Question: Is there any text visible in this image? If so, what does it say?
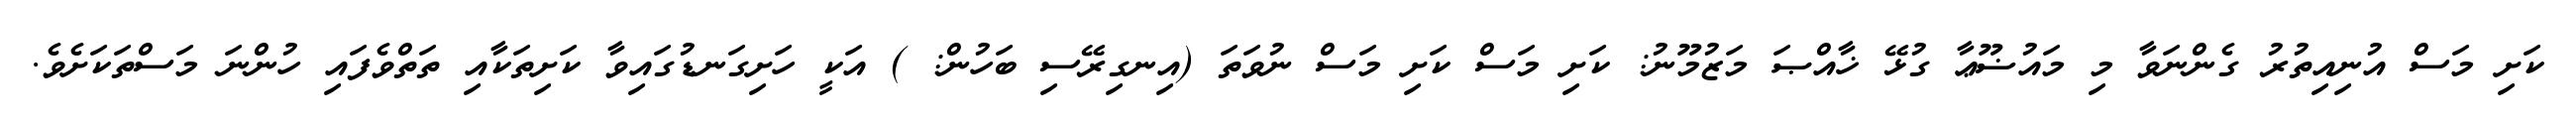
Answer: ކަށި މަސް އުނިއިތުރު ގެންނަވާ މި މައުޟޫޢާ ގުޅޭ ޚާއްޞަ މަޒުމޫނު: ކަށި މަސް ކަށި މަސް ނުވަތަ (އިނގިރޭސި ބަހުން: ) އަކީ ހަށިގަނޑުގައިވާ ކަށިތަކާއި ތަތްވެފައި ހުންނަ މަސްތަކަށެވެ.